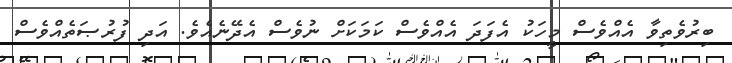
ބިރުވެތިވާ އެއްވެސް މީހަކު އެފަދަ އެއްވެސް ކަމަކަށް ނުވެސް އެދޭނެއެވެ. އަދި ފުރުޞަތެއްވެސް